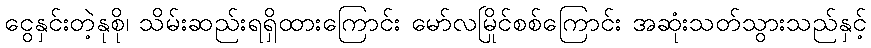
ငွေနှင်းတဲ့နုစို၊ သိမ်းဆည်းရရှိထားကြောင်း မော်လမြိုင်စစ်ကြောင်း အဆုံးသတ်သွားသည်နှင့်